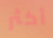
أكثر